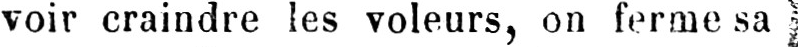
voir craindre les voleurs, on ferme sa